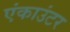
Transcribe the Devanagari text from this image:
एंकाउंटर